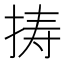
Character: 𢭏